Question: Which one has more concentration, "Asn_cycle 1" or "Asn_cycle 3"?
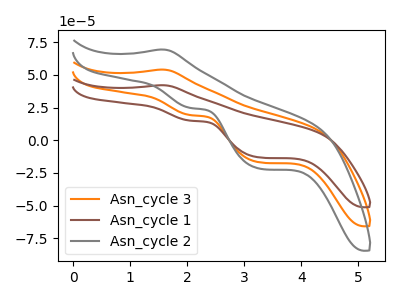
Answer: <think>The orange curve "Asn_cycle 3" has an anodic peak at (1.55V, 53.95uA) and cathodic peaks at (2.05V, 19.15uA) (3.30V, -16.95uA). The brown curve "Asn_cycle 1" has an anodic peak at (1.55V, 42.05uA) and cathodic peaks at (2.05V, 14.90uA) (3.30V, -13.20uA). The gray curve "Asn_cycle 2" has an anodic peak at (1.55V, 107.95uA) and cathodic peaks at (2.05V, 38.30uA) (3.30V, -33.90uA).
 All the peaks in "Asn_cycle 1" have a peak in "Asn_cycle 3" at the same potential.</think>
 <answer>I cant tell if "Asn_cycle 1" or "Asn_cycle 3" has higher concentration.</answer>
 <eval>mixed_concentration</eval>